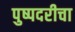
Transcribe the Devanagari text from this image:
पुष्पदरीचा